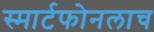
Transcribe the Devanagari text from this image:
स्मार्टफोनलाच